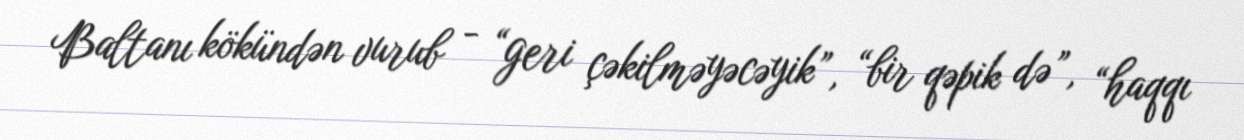
Baltanı kökündən vurub - “geri çəkilməyəcəyik”, “bir qəpik də”, “haqqı